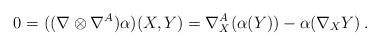
LaTeX: \begin{align*}0=((\nabla \otimes \nabla^A )\alpha)(X,Y)=\nabla_X^A(\alpha(Y))-\alpha(\nabla_XY)\,.\end{align*}